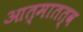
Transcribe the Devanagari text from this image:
आत्मातत्व